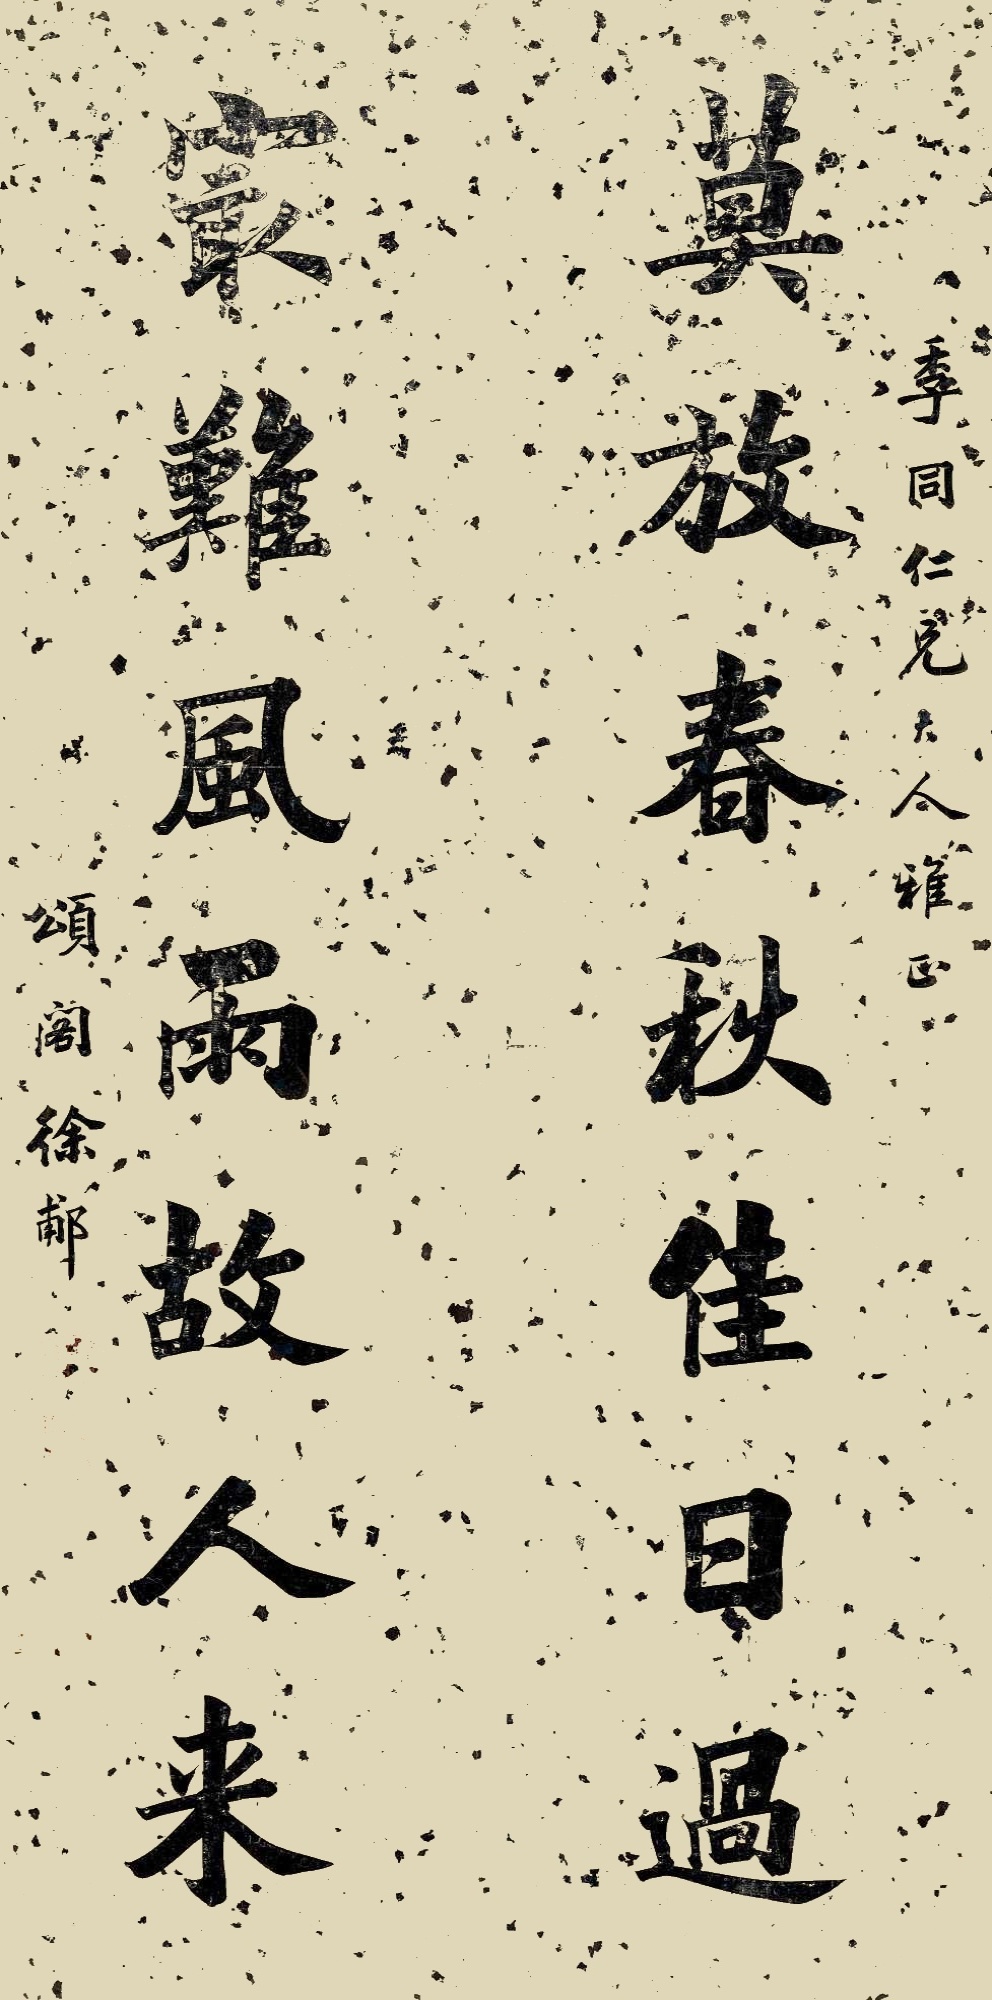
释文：莫放春秋佳日过，最难风雨故人来。季同仁兄大人雅正，颂阁徐郙。